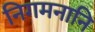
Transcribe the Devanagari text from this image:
निगमनानि